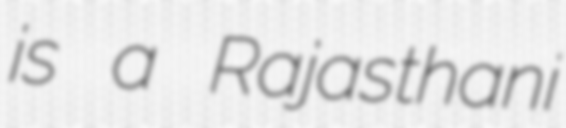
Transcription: is a Rajasthani